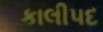
કાલીપદ